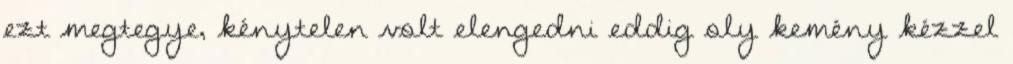
ezt megtegye, kénytelen volt elengedni eddig oly kemény kézzel